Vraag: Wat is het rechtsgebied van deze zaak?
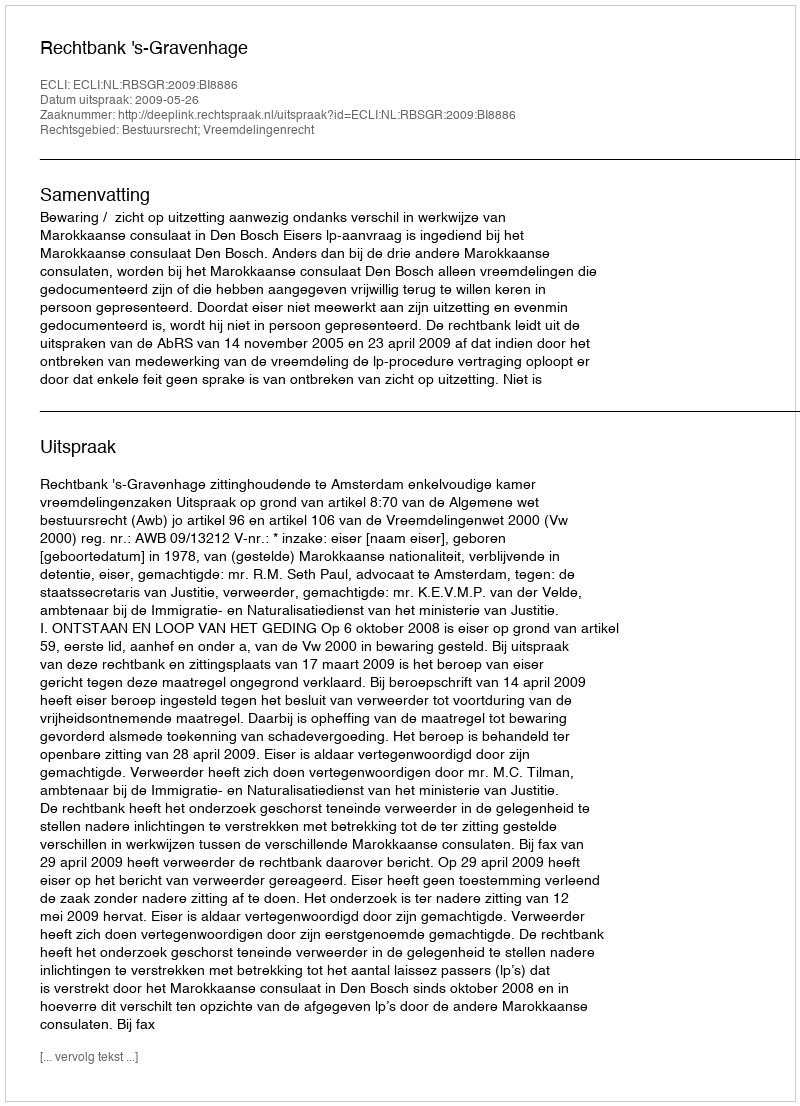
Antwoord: Bestuursrecht; Vreemdelingenrecht